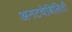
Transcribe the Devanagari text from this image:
अनटचेबिलिटी